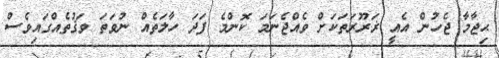
ޙިޖާމާ ޖެހުން އެއީ ޜަރޫރަތަކަށް ވެއްޖެނަމަ ކޮންމެ ފަދަ ހާލަތެއް ނުވަތަ ވަޤުތެއްގައިވެސް